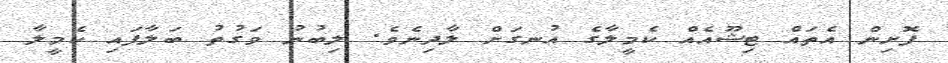
ފޮށިން އެތައް ޓިޝޫއެއް ކެމީލާގެ އުނގަށް ލާދިނެވެ. ލިބުނު ވަގުތު ބަލާފައި ކެމީލާ